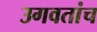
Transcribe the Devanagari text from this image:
उगवतांच